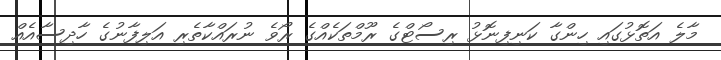
މާލެ އަތޮޅުގައި ހިންގާ ކަނިފިނޮޅު ރިސޯޓްގެ ރޫމްތަކެއްގެ ރޯވެ ނުރައްކާތެރި އަލިފާނުގެ ހާދިސާއެއް